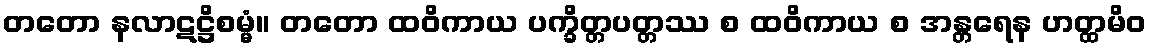
တတော နလာဋဋ္ဌိစမ္မံ။ တတော ထဝိကာယ ပက္ခိတ္တပတ္တဿ စ ထဝိကာယ စ အန္တရေန ဟတ္ထမိဝ